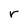
Character: r